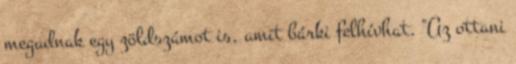
megadnak egy zöldszámot is, amit bárki felhívhat. "Az ottani